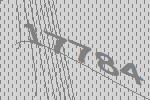
17784